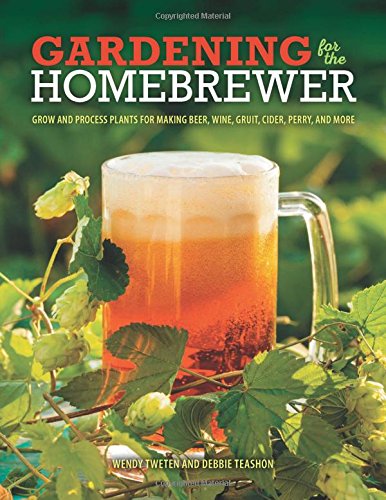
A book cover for Gardening for the Homebrewer: Grow and Process Plants for Making Beer, Wine, Gruit, Cider, Perry, and More; Wendy Tweten; Cookbooks, Food & Wine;